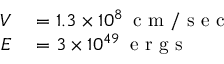
\begin{array} { r l } { V } & { { } = 1 . 3 \times 1 0 ^ { 8 } \, \mathrm { ~ c ~ m ~ / ~ s ~ e ~ c ~ } } \\ { E } & { { } = 3 \times 1 0 ^ { 4 9 } \, \mathrm { ~ e ~ r ~ g ~ s ~ } } \end{array}